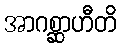
အာဂစ္ဆာဟီတိ